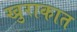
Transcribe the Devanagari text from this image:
खुराकात